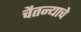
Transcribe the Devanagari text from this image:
चैतन्याचे